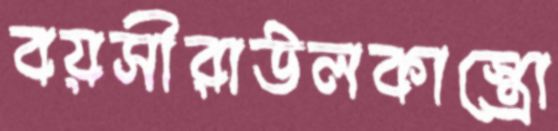
বয়সীরাউলকাস্ত্রো